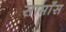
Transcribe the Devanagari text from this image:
सामाँस